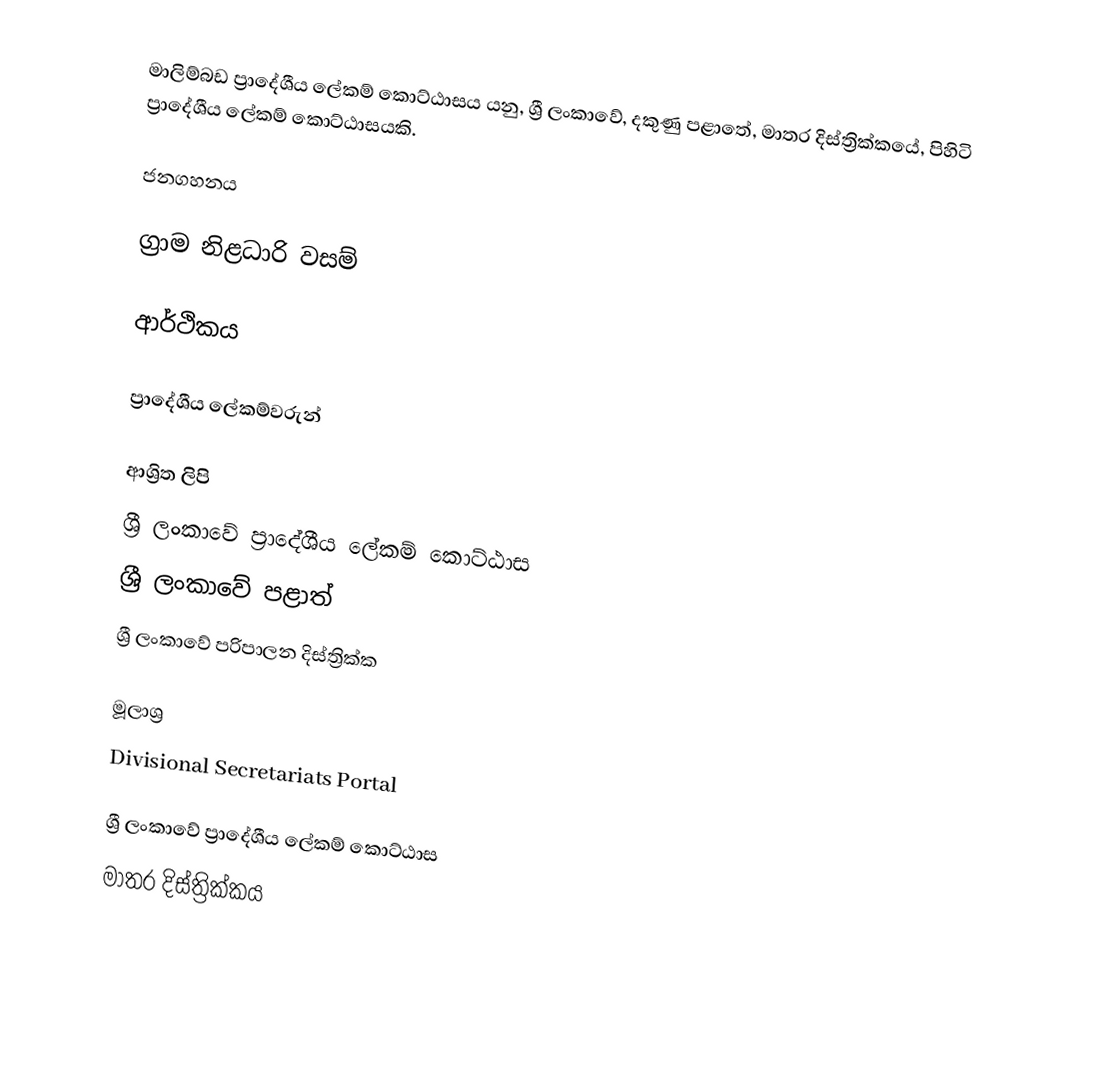
මාලිම්බඩ ප්‍රාදේශීය ලේකම් කොට්ඨාසය යනු,  ශ්‍රී ලංකාවේ, දකුණු පළාතේ,   මාතර දිස්ත්‍රික්කයේ, පිහිටි ප්‍රාදේශීය ලේකම් කොට්ඨාසයකි.

ජනගහනය

ග්‍රාම නිළධාරි වසම්

ආර්ථිකය

ප්‍රාදේශීය ලේකම්වරුන්

ආශ්‍රිත ලිපි
ශ්‍රී ලංකාවේ ප්‍රාදේශීය ලේකම් කොට්ඨාස
ශ්‍රී ලංකාවේ පළාත්
ශ්‍රී ලංකාවේ පරිපාලන දිස්ත්‍රික්ක

මූලාශ්‍ර
 Divisional Secretariats Portal

ශ්‍රී ලංකාවේ ප්‍රාදේශීය ලේකම් කොට්ඨාස
මාතර දිස්ත්‍රික්කය